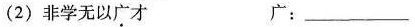
(2)非学无以广才 广：_____